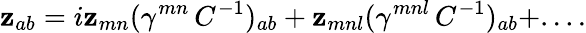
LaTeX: \mathbf{z}_{ab}=i\mathbf{z}_{mn}(\gamma^{mn}\, C^{-1})_{ab}+\mathbf{z}_{mnl}(\gamma^{mnl}\, C^{-1})_{ab}+....